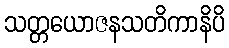
သတ္တယောဇနသတိကာနိပိ